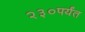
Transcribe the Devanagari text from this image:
२३०पर्यंत